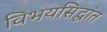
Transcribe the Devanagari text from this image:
विभयसिद्धांत